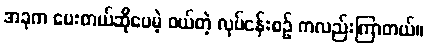
အခုက ပေးတယ်ဆိုပေမဲ့ ဝယ်တဲ့ လုပ်ငန်းစဉ် ကလည်းကြာတယ်။